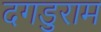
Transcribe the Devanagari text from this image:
दगडुराम